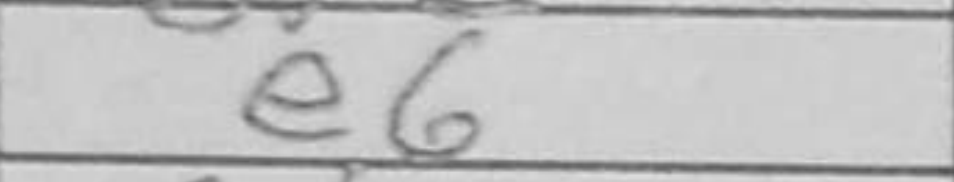
Transcription: e6